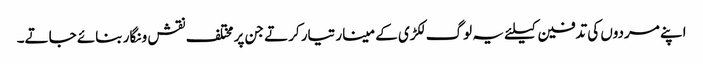
اپنے مردوں کی تدفین کیلئے یہ لوگ لکڑی کے مینار تیار کرتے جن پر مختلف نقش و نگار بنائے جاتے۔